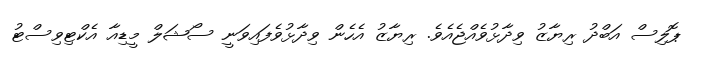
ޕޮލިސް އަބްދު ރިޔާޒު ވިދާޅުވެއްޖެއެވެ. ރިޔާޒު އެހެން ވިދާޅުވެފައިވަނީ ސޯޝަލް މީޑިއާ އެކްޓިވިސްޓު